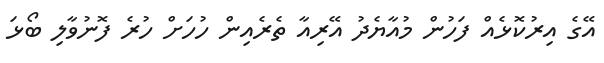
އޭގެ އިރުކޮޅެއް ފަހުން މުއާޔެދު އޭރިއާ ތެރެއިން ހުހަށް ހުރެ ފޮނުވާލި ބޯޅަ